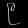
Digit: ၉